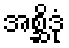
အစ္ဆိဒုံ